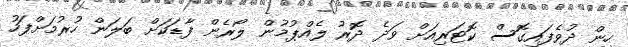
ހީން ދުވެފައިގޮސް ކޮޓަރިއަށް ވަދެ ދޮރު ލެއްޕުމުން ލޯރެން ފާޑަކަށް ބަލަން ހުރުމަށްފަހު